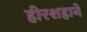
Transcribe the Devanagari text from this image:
हीरशहाने